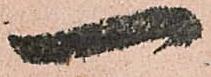
一